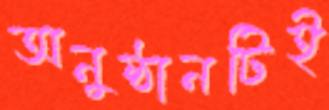
অনুষ্ঠানটিই